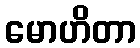
မောဟိတာ